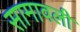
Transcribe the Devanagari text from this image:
सामावली